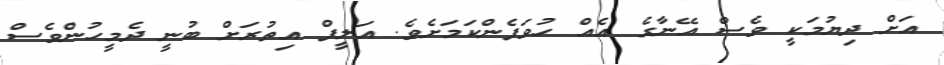
އަށް ދިޔުމަކީ ވެސް އޭނާގެ އެއް ހުވަފެންކަމަށެވެ. އަލީފް އިތުރަށް ބުނީ ދެމީހުންވެސް